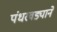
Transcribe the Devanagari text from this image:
पंधरवड्याने